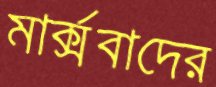
মার্ক্সবাদের